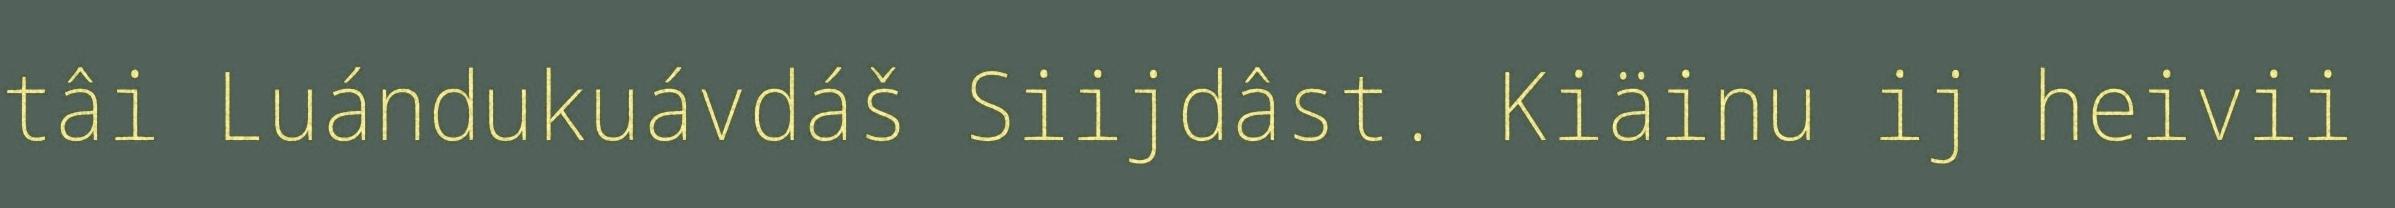
tâi Luándukuávdáš Siijdâst. Kiäinu ij heivii